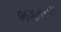
ભગતરામ